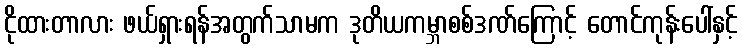
ငိုထားတာလား ဖယ်ရှားရန်အတွက်သာမက ဒုတိယကမ္ဘာစစ်ဒဏ်ကြောင့် တောင်ကုန်းပေါ်နှင့်